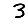
Digit: 3